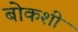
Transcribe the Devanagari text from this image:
बोकशी